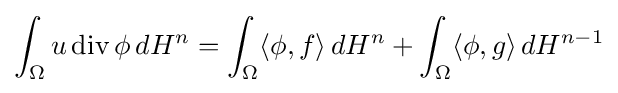
\int _{\Omega }u\operatorname {div} \phi \,dH^{n}=\int _{\Omega }\langle \phi ,f\rangle \,dH^{n}+\int _{\Omega }\langle \phi ,g\rangle \,dH^{n-1}